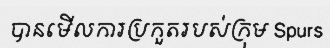
បានមើលការប្រកួតរបស់ក្រុម Spurs